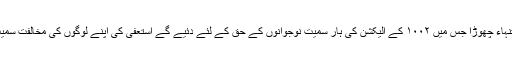
قوم نے اس عظیم سپوت کو بارہا قربانیوں کی طویل داستان میں تنہاء چھوڑا جس میں ۱۰۰۲ کے الیکشن کی ہار سمیت نوجوانوں کے حق کے لئے دئیے گے استعفیٰ کی اپنے لوگوں کی مخالفت سمیت موجودہ کرپٹ گروہ عدلیہ کے خلاف اور کئی مواقع شامل ہیں۔